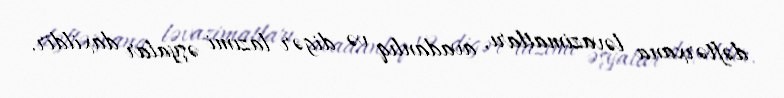
dəftərxana ləvazimatları, avadanlıq və digər lazımi əşyalar daxildir.